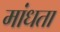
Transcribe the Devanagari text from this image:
मांधता